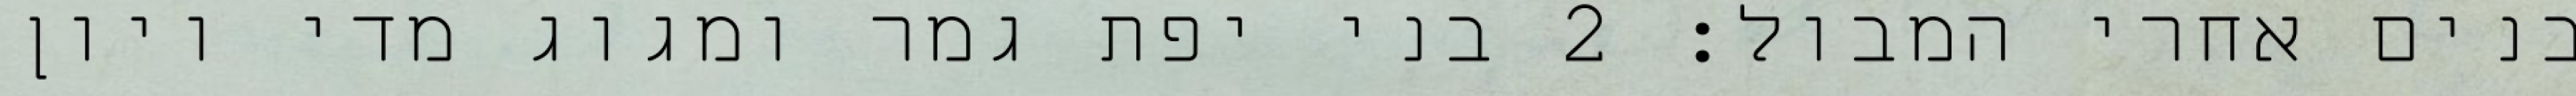
בנים אחרי המבול׃ ‎2‏ בני יפת גמר ומגוג מדי ויון